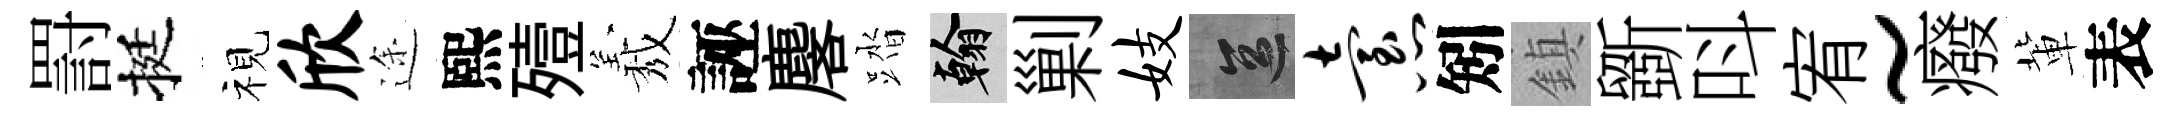
罸挺视欣途熙殪𦏁誣麐踏翰剿妓區怠矧鎮斵呌宥~癈軰表